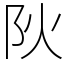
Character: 阦